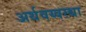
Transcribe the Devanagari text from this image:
अर्थवय्वस्था